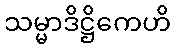
သမ္မာဒိဋ္ဌိကေဟိ